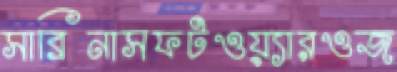
সাব্রিনাসফটওয়্যারওজ